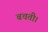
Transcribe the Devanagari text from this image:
बचती।